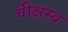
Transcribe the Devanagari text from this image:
वीक्षस्व